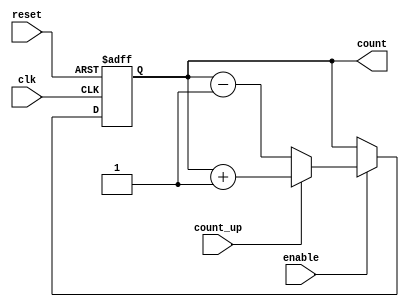
module ChainedParallelCounter (
    input wire clk,            // Clock signal
    input wire reset,          // Asynchronous reset signal
    input wire enable,         // Enable signal
    input wire count_up,       // Count direction: 1 for up, 0 for down
    output reg [N-1:0] count   // Output count
);
    parameter N = 4; // Number of bits in the counter

    // Chained Counter Logic
    // D Flip-Flops for each bit of the counter
    reg [N-1:0] next_count;

    always @(posedge clk or posedge reset) begin
        if (reset) begin
            count <= 0; // Reset the counter to 0
        end else if (enable) begin
            count <= next_count; // Update the counter
        end
    end

    // Combinational logic to determine the next state
    always @(*) begin
        if (enable) begin
            if (count_up) begin
                next_count = count + 1; // Increment
            end else begin
                next_count = count - 1; // Decrement
            end
        end else begin
            next_count = count; // Hold current state
        end
    end

endmodule